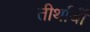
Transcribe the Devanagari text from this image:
तीर्थार्थी